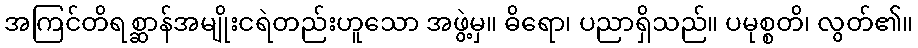
အကြင်တိရစ္ဆာန်အမျိုးငရဲတည်းဟူသော အဖွဲ့မှ။ ဓိရော၊ ပညာရှိသည်။ ပမုစ္စတိ၊ လွတ်၏။